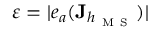
\varepsilon = | e _ { a } ( \mathbf { J } _ { h _ { \mathrm { ~ M ~ S ~ } } } ) |